Vaccination in the Punjab 1897-1904 - 1897-1904
Year: 1897
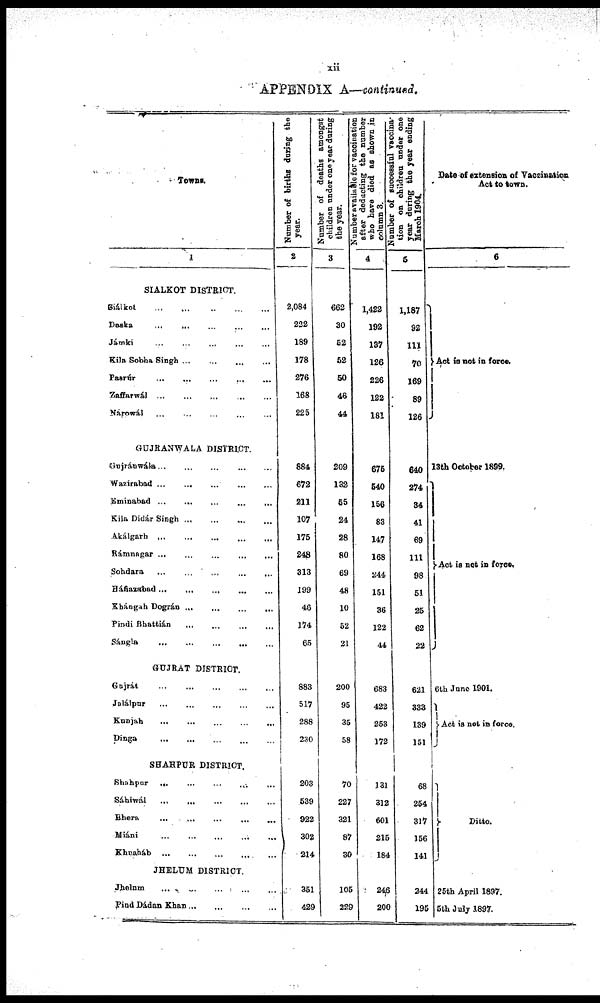
xii
APPENDIX A—continued.
Towns.
1
SIALKOT DISTRICT.
Siálkot
...
...
...
...
...
Daska
...
...
...
...
...
Jámki ... ... ... ... ...
Kila Sobha Singh
...
...
...
...
Pasrúr
...
...
...
...
...
Zaffarwál ... ... ... ... ...
Nárowál ... ... ... ... ...
GUJRANWALA DISTRICT.
Gujránwála ... ... ... ... ...
Wazírabad ...
...
...
...
...
...
Eminabad ... ... ... ... ...
Kila Didár Singh ... ... ... ...
Akálgarh ...
...
...
...
...
Rámnagar ...
...
...
...
...
Sohdara
...
...
...
...
...
Háfiazabad ...
...
...
...
...
Khángah Dográn
...
...
...
...
Pindi Bhattián
...
...
...
...
Sángla
...
...
...
...
...
GUJRAT DISTRICT.
Gujrát
...
...
...
...
...
Jalálpur ... ... ... ... ...
Kunjah
...
...
...
...
...
Dinga
...
... ... ... ...
SHAHPUR DISTRICT.
Shahpur ...
...
...
... ...
Sáhiwál
...
...
...
...
...
Bhera
...
...
...
...
...
Miáni ... ... ... ... ...
Khnaháb
...
...
...
...
...
JHELUM DISTRICT.
Jhelum ... ... ... ... ...
Pind Dádan Khan
...
...
...
...
Number of births during the
year.
2
2,084
222
189
178
276
168
225
884
672
211
107
175
248
313
199
46
174
65
883
517
288
230
203
539
922
302
214
351
429
Number of deaths amongst
children under one year during
the year.
3
662
30
52
52
50
46
44
209
132
55
24
28
80
69
48
10
52
21
200
95
35
58
70
227
321
87
30
105
229
Number available for vaccination
after deducting the number
who have died as shown in
column 3.
4
1,422
192
137
126
226
122
181
675
540
156
83
147
168
244
151
36
122
44
683
422
253
172
131
312
601
215
184
246
200
Number of successful vaccina-
tion on children under one
year during the year ending
March 1904.
5
1,187
92
111
70
169
89
126
640
274
34
41
69
111
98
51
25
62
22
621
333
139
151
68
254
317
156
141
244
195
Date of extension of Vaccination
Act to town.
6
Act is not in force.
13th October 1899.
Act is not in force.
6th June 1901.
Act is not in force.
Ditto.
25th April 1897.
5th July 1897.